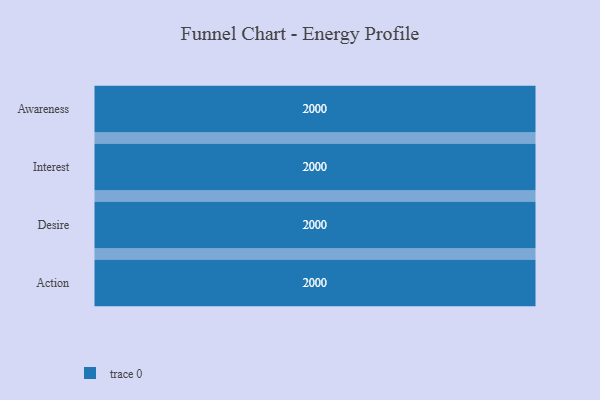
{"axis": {"x": "Stage", "y": "Value"}, "legend": [""], "data": [{"x": "Awareness", "y": 2000, "type": ""}, {"x": "Interest", "y": 2000, "type": ""}, {"x": "Desire", "y": 2000, "type": ""}, {"x": "Action", "y": 2000, "type": ""}]}